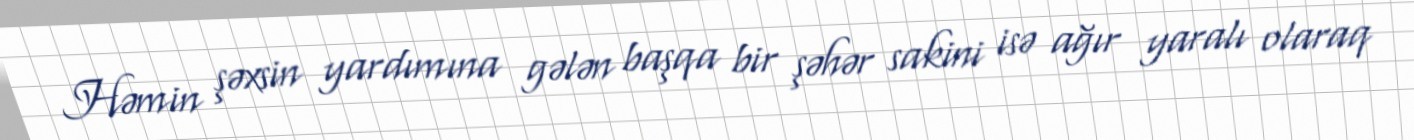
Həmin şəxsin yardımına gələn başqa bir şəhər sakini isə ağır yaralı olaraq